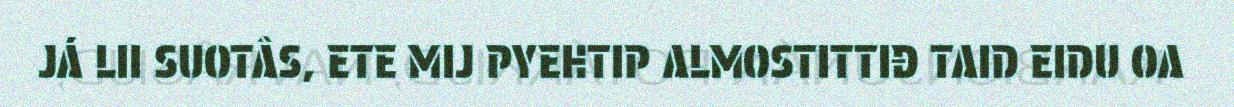
JÁ LII SUOTÂS, ETE MIJ PYEHTIP ALMOSTITTIĐ TAID EIDU OA